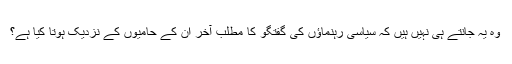
وہ یہ جانتے ہی نہیں ہیں کہ سیاسی رہنماؤں کی گفتگو کا مطلب آخر اُن کے حامیوں کے نزدیک ہوتا کیا ہے؟